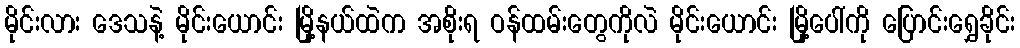
မိုင်းလား ဒေသနဲ့ မိုင်းယောင်း မြို့နယ်ထဲက အစိုးရ ဝန်ထမ်းတွေကိုလဲ မိုင်းယောင်း မြို့ပေါ်ကို ပြောင်းရွှေခိုင်း